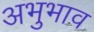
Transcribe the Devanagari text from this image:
अभुभाव